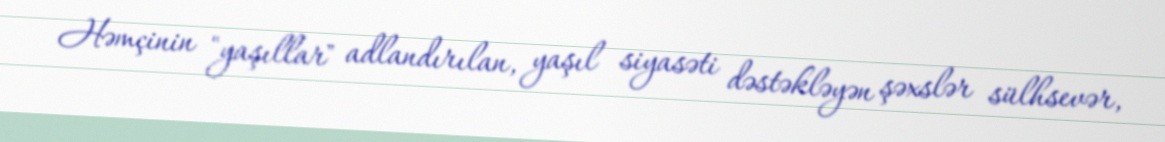
Həmçinin "yaşıllar" adlandırılan, yaşıl siyasəti dəstəkləyən şəxslər sülhsevər,